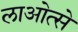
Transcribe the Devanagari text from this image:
लाओत्से